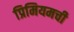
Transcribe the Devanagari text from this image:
प्रिमियमची